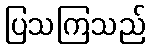
ပြသကြသည်